Lunatic asylums in Bengal annual reports 1912-1924 - 1912-1924
Year: 1912
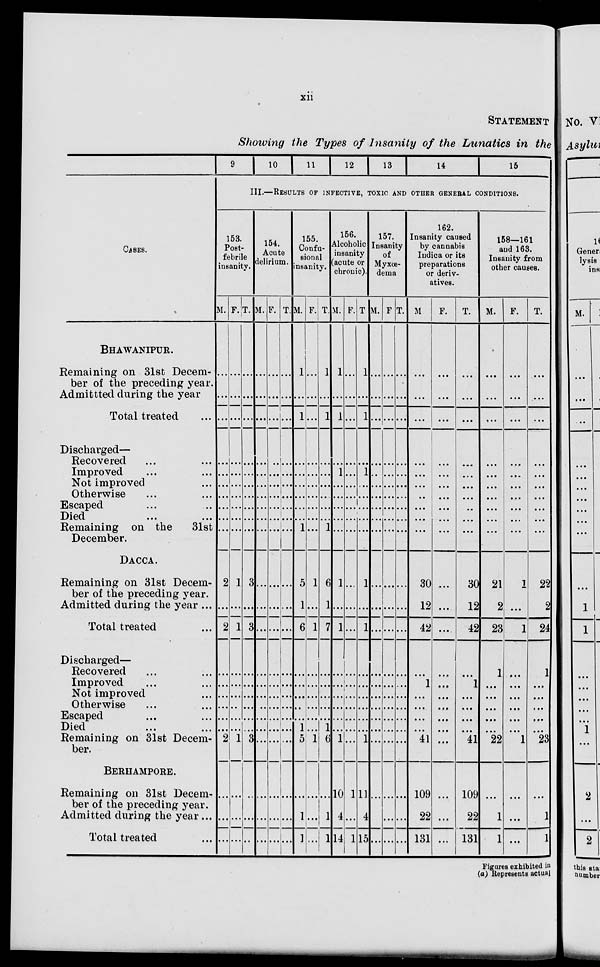
xii
STATEMENT
Showing the Types of Insanity of the Lunatics in the
CASES.
BHAWANIPUR.
Remaining on 31st Decem-
ber of the preceding year.
Admittted during the year
Total treated ...
Discharged—
Recovered ... ...
Improved ... ...
Not improved ...
Otherwise ... ...
Escaped ... ...
Died ... ...
Remaining on the
31st
December.
DACCA.
Remaining on 31st Decem-
ber of the preceding year.
Admitted during the year ...
Total treated ...
Discharged—
Recovered ... ...
Improved ... ...
Not improved ...
Otherwise ... ...
Escaped ... ...
Died ... ...
Remaining on 31st Decem-
ber.
BERHAMPORE.
Remaining on 31st Decem-
ber of the preceding year.
Admitted during the year ...
Total treated ...
9
10
11
12
13
14
15
III.—RESULTS OF INFECTIVE, TOXIC AND OTHER GENERAL CONDITIONS.
153.
Post-
febrile
insanity.
M.
...
...
...
...
...
...
...
...
...
...
2
...
2
...
...
...
...
...
...
2
...
...
...
F.
...
...
...
...
...
...
...
...
...
...
1
...
1
...
...
...
...
...
...
1
...
...
...
T.
...
...
...
...
...
...
...
...
...
...
3
...
3
...
...
...
...
...
...
3
...
...
...
154.
Acute
delirium.
M.
...
...
...
...
...
...
...
...
...
...
...
...
...
...
...
...
...
...
...
...
...
...
...
F.
...
...
...
...
...
...
...
...
...
...
...
...
...
...
...
...
...
...
...
...
...
...
T.
...
...
...
...
...
...
...
...
...
...
...
...
...
...
...
...
...
...
...
...
...
...
...
155.
Confu-
sional
insanity.
M.
1
...
1
...
...
...
...
...
...
1
5
1
6
...
...
...
...
...
1
5
...
1
1
F.
...
...
...
...
...
...
...
...
...
...
1
...
1
...
...
...
...
...
...
1
...
...
...
T.
1
...
1
...
...
...
...
...
...
1
6
1
7
...
...
...
...
...
1
6
...
1
1
156.
Alcoholic
insanity
(acute or
chronic).
M.
1
...
1
...
1
...
...
...
...
...
1
...
1
...
...
...
...
...
...
1
10
4
14
F.
...
...
...
...
...
...
...
...
...
...
...
...
...
...
...
...
...
...
...
...
1
...
1
T.
1
...
1
...
1
...
...
...
...
...
1
...
1
...
...
...
...
...
...
1
11
4
15
157.
Insanity
of
Myxœ-
dema
M.
...
...
...
...
...
...
...
...
...
...
...
...
...
...
...
...
...
...
...
...
...
...
...
F.
...
...
...
...
...
...
...
...
...
...
...
...
...
...
...
...
...
...
...
...
...
...
...
T.
...
...
...
...
...
...
...
...
...
...
...
...
...
...
...
...
...
...
...
...
...
...
...
162.
Insanity caused
by cannabis
Indica or its
preparations
or deriv-
atives.
M.
...
...
...
...
...
...
...
...
...
...
30
12
42
...
1
...
...
...
...
41
109
22
131
F.
...
...
...
...
...
...
...
...
...
...
...
...
...
...
...
...
...
...
...
...
...
...
...
T.
...
...
...
...
...
...
...
...
...
...
30
12
42
...
1
...
...
...
...
41
109
22
131
158—161
and 163.
Insanity from
other causes.
M.
...
...
...
...
...
...
...
...
...
...
21
2
23
1
...
...
...
...
...
22
...
1
1
F.
...
...
...
...
...
...
...
...
...
...
1
...
1
...
...
...
...
...
...
1
...
...
...
T.
...
...
...
...
...
...
...
...
...
...
22
2
24
1
...
...
...
...
...
23
...
1
1
Figures exhibited in
(a) Represents actual